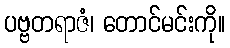
ပဗ္ဗတရာဇံ၊ တောင်မင်းကို။